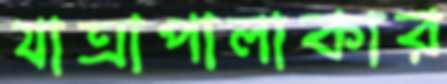
যাত্রাপালাকার